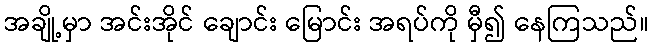
အချို့မှာ အင်းအိုင် ချောင်း မြောင်း အရပ်ကို မှီ၍ နေကြသည်။